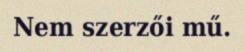
Nem szerzői mű.